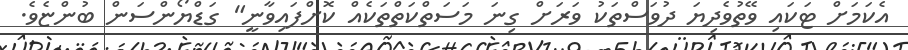
އެކަމަށް ޓަކައި ވޭތުވެދިޔަ ދުވަސްތަކު ވަރަށް ގިނަ މަސަތްކަތްތަކެއް ކޮށްފައިވާނީ" ގަޑްޔޯންސަން ބުންޏެވެ.